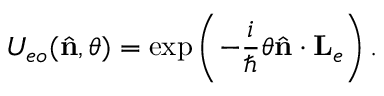
U _ { e o } ( { \hat { \mathbf { n } } } , \theta ) = \exp \left( - \frac { i } { \hbar } \theta { \hat { \mathbf { n } } } \cdot { \mathbf { L } } _ { e } \right) .